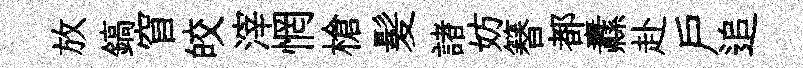
放鎬窅皎滓惘槍髪諸妨簮都纛赴户追